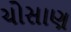
ચોસાણ